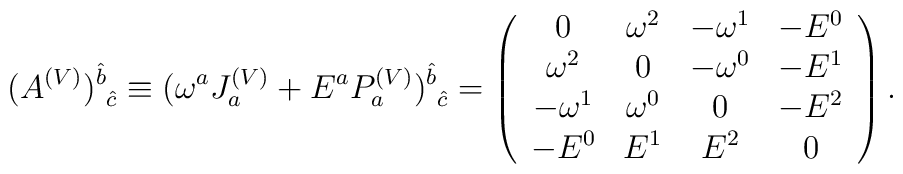
(A^{(V)})^{\hat{b}}_{\mbox{ }\hat{c}}   \equiv(\omega^{a}J^{(V)}_{a}+E^{a}P^{(V)}_{a})^{\hat{b}}_{\mbox{ }\hat{c}}    = \left( \begin{array}{cccc}	         0 & \omega^{2} & -\omega^{1} & -E^{0} \\		     \omega^{2} & 0 & -\omega^{0} & -E^{1} \\			 -\omega^{1} & \omega^{0} & 0 & -E^{2} \\			 -E^{0}   &  E^{1}  &  E^{2}  & 0			 \end{array} \right).